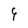
Character: 9